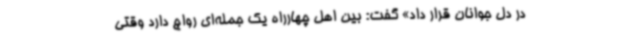
در دل جوانان قرار داد» گفت: بین اهل چهارراه یک جمله‌ای رواج دارد وقتی